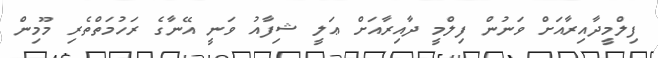
ފިލްމީދާއިރާއަށް ވަނުން ފިލްމީ ދާއިރާއަށް ޢަލީ ޝިފާއު ވަނީ އޭނާގެ ރަހުމަތްތެރި މޫމިން